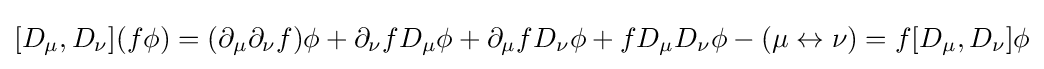
[D_{\mu },D_{\nu }](f\phi )=(\partial _{\mu }\partial _{\nu }f)\phi +\partial _{\nu }fD_{\mu }\phi +\partial _{\mu }fD_{\nu }\phi +fD_{\mu }D_{\nu }\phi -(\mu \leftrightarrow \nu )=f[D_{\mu },D_{\nu }]\phi